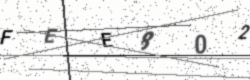
Text: FEE802